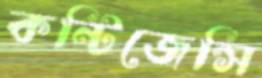
কন্টিজেন্সি